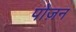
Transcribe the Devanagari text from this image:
पोज़न